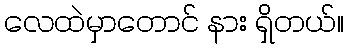
လေထဲမှာတောင် နား ရှိတယ်။